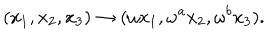
LaTeX: ( x _ { 1 } , x _ { 2 } , x _ { 3 } ) \rightarrow ( \omega x _ { 1 } , \omega ^ { a } x _ { 2 } , \omega ^ { b } x _ { 3 } ) .